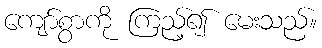
ကျော်စွာကို ကြည့်၍ မေးသည်။